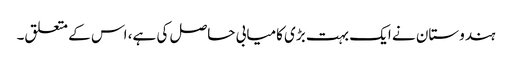
ہندوستان نے ایک بہت بڑی کامیابی حاصل کی ہے، اس کے متعلق۔